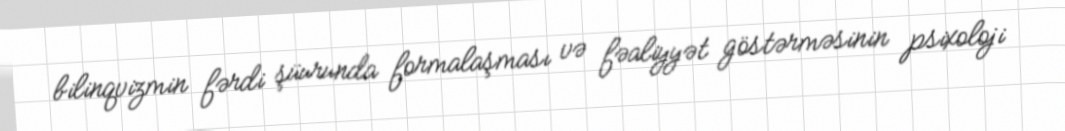
bilinqvizmin fərdi şüurunda formalaşması və fəaliyyət göstərməsinin psixoloji